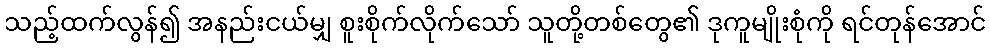
သည့်ထက်လွန်၍ အနည်းငယ်မျှ စူးစိုက်လိုက်သော် သူတို့တစ်တွေ၏ ဒုကူမျိုးစုံကို ရင်တုန်အောင်